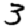
Digit: 3